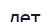
дет